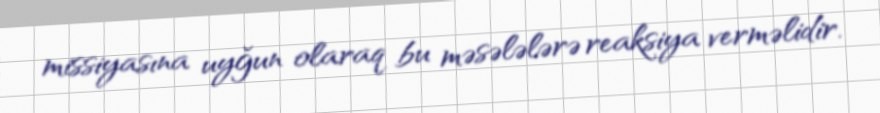
missiyasına uyğun olaraq bu məsələlərə reaksiya verməlidir.